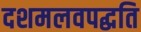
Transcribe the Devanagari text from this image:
दशमलवपद्धति